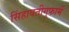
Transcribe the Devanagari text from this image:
सिंहावतीगुफामें